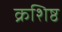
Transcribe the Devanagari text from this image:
क्रशिष्ठ